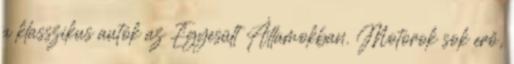
a klasszikus autók az Egyesült Államokban. Motorok sok erő,